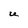
Character: U